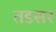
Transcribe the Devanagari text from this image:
तडसर